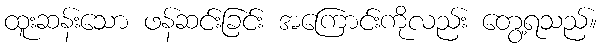
ထူးဆန်းသော ဖန်ဆင်းခြင်း အကြောင်းကိုလည်း တွေ့ရသည်။